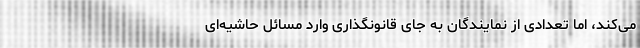
می‌کند، اما تعدادی از نمایندگان به جای قانونگذاری وارد مسائل حاشیه‌ای